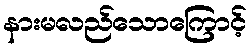
နားမလည်သောကြောင့်